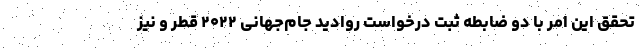
تحقق این امر با دو ضابطه ثبت درخواست روادید جام‌جهانی ۲۰۲۲ قطر و نیز